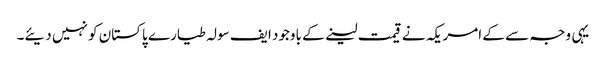
یہی وجہ سے کے امریکہ نے قیمت لینے کے باوجود ایف سولہ طیارے پاکستان کو نہیں دیئے۔